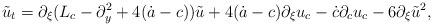
LaTeX: \begin{align*}\tilde{u}_t = \partial_{\xi} (L_{c} - \partial_y^2 + 4(\dot{a}-c)) \tilde{u}+ 4 (\dot{a} - c) \partial_{\xi} u_{c} - \dot{c} \partial_c u_{c}- 6 \partial_{\xi} \tilde{u}^2,\end{align*}